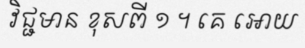
វិជ្ជមាន ខុសពី ១ ។ គេ អោយ